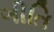
ગીતિ